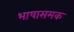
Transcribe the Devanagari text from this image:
भाषासमक